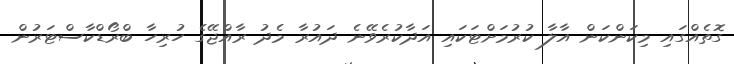
ގޮތެއްގައި މިކަންކަން އާލާ ކުރުމަށްޓަކައި އަދާކުރެވޭނެ ދައުރާ މެދު ރާއްޖޭގެ ހުރިހާ ބްރޯޑްކާސްޓަރުން